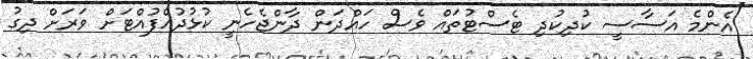
އެންމެ އަސާސީ ކުދިކުދި ޓެސްޓުތައް ވެސް ހައްދަން ދާންޖެހެނީ ކުޅުދުއްފުއްޓަށް ވަރަށް ދިގު